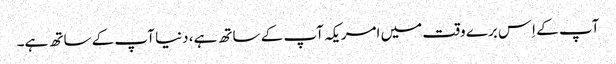
آپ کے اِس برے وقت میں امریکہ آپ کے ساتھ ہے، دنیا آپ کے ساتھ ہے۔